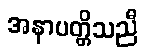
အနာပတ္တိသညီ